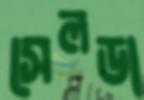
সেলডা